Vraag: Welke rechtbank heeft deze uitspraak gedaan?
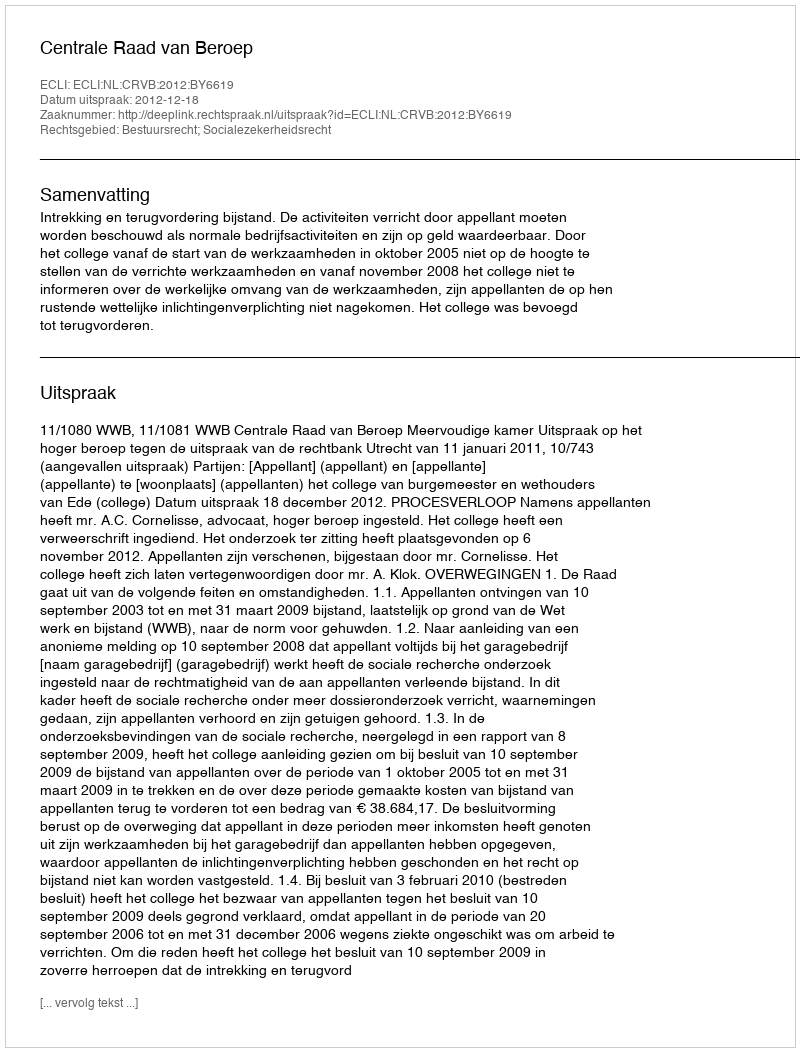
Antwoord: Centrale Raad van Beroep